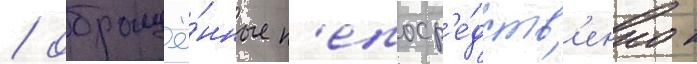
/ обращё́нные н'епоср'е́дств'енно к